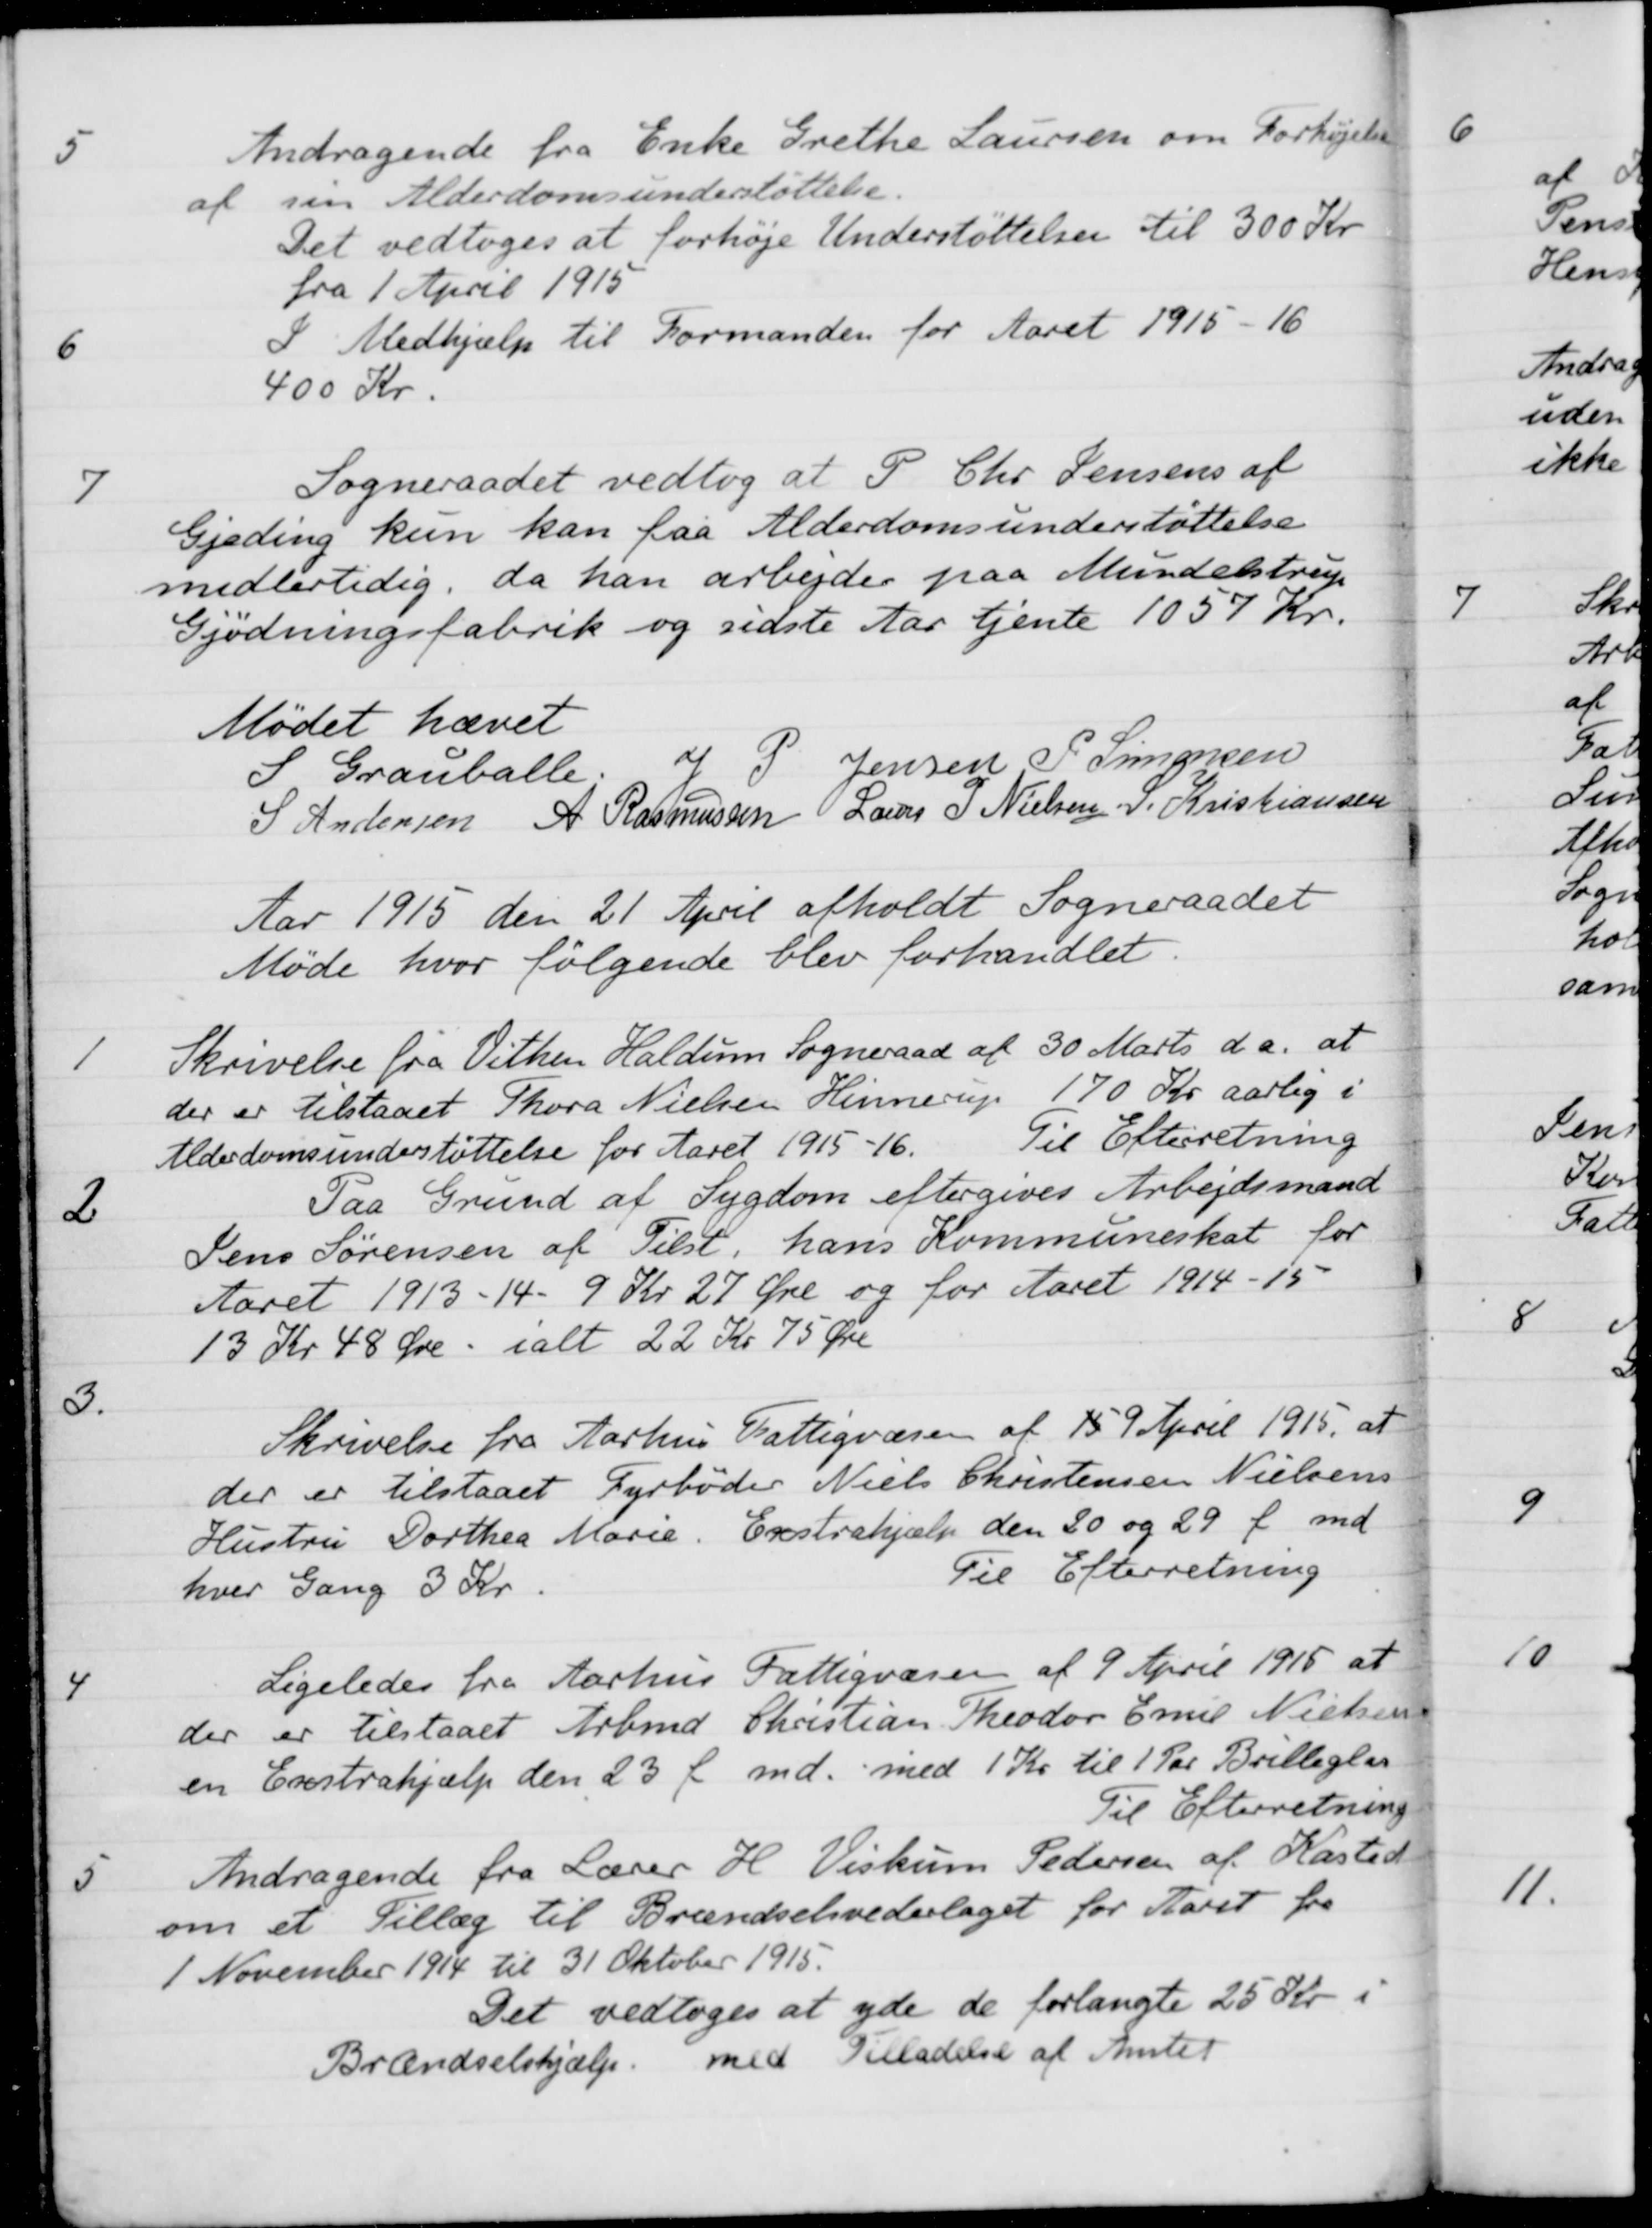
Transskription:
5
Andragende fra Enke Grethe Laursen om Forhøjelse
af sin Alderdomsunderstøttelse.
Det vedtoges at forhøje Understøttelsen til 300 Kr.
fra 1 April 1915
6
I Medhjælp til Formanden for Aaret 1915-16
400 Kr
7
Sogneraadet vedtog at P. Chr. Jensens af
Gjeding kun kan faa Alderdomsunderstøttelse
midlertidig, da han arbejder paa Mundelstrup
Gjødningsfabrik og sidste Aar tjente 1057 Kr.
Mødet hævet
S Grauballe.
J P Jensen
P. Simonsen
S Andersen
A Rasmussen
Lærer J. Nielsen
S. Kristiansen
Aar 1915 den 21 April afholdt Sogneraadet
Møde hvor følgende blev forhandlet.
1
Skrivelse fra Vithen Haldum Sogneraad af 30 Marts d.a. at
der er tilstaaet Thora Nielsen Hinnerup 170 Kr aarlig i
Alderdomsunderstøttelse for Aaret 1915-16.
Til Efterretning
2
Paa Grund af Sygdom eftergives Arbejdsmand
Jens Sørensen af Tilst, hans Kommuneskat for
Aaret 1913-14 - 9 Kr 27 Øre og for Aaret 1914-15
13 Kr 48 Øre ialt 22 Kr 75 Øre
3.
Skrivelse fra Aarhus Fattigvæsen af 15 9 April 1915, at
der er tilstaaet Fyrbøder Niels Christensen Nielsens 
Hustru Dorthea Marie. Exstrahjælp den 20 og 29 f med
hver Gang 3 Kr
Til Efterretning
4
Ligeledes fra Aarhus Fattigvæsen af 9 April 1915 at
der er tilstaaet Arbmd Christian Theodor Emil Nielsen
en Exstrahjælp den 23 f md. med 1 Kr. til 1 Par Brilleglas
Til Efterretning
5
Andragende fra Lærer H. Viskum Pedersen af Kasted
om et Tillæg til Brændselsvederlaget for Aaret fra
1 November 1914 til 31 Oktober 1915.
Det vedtoges at yde de forlangte 25 Kr i
Brændselshjælp med Tilladelse af Amtet